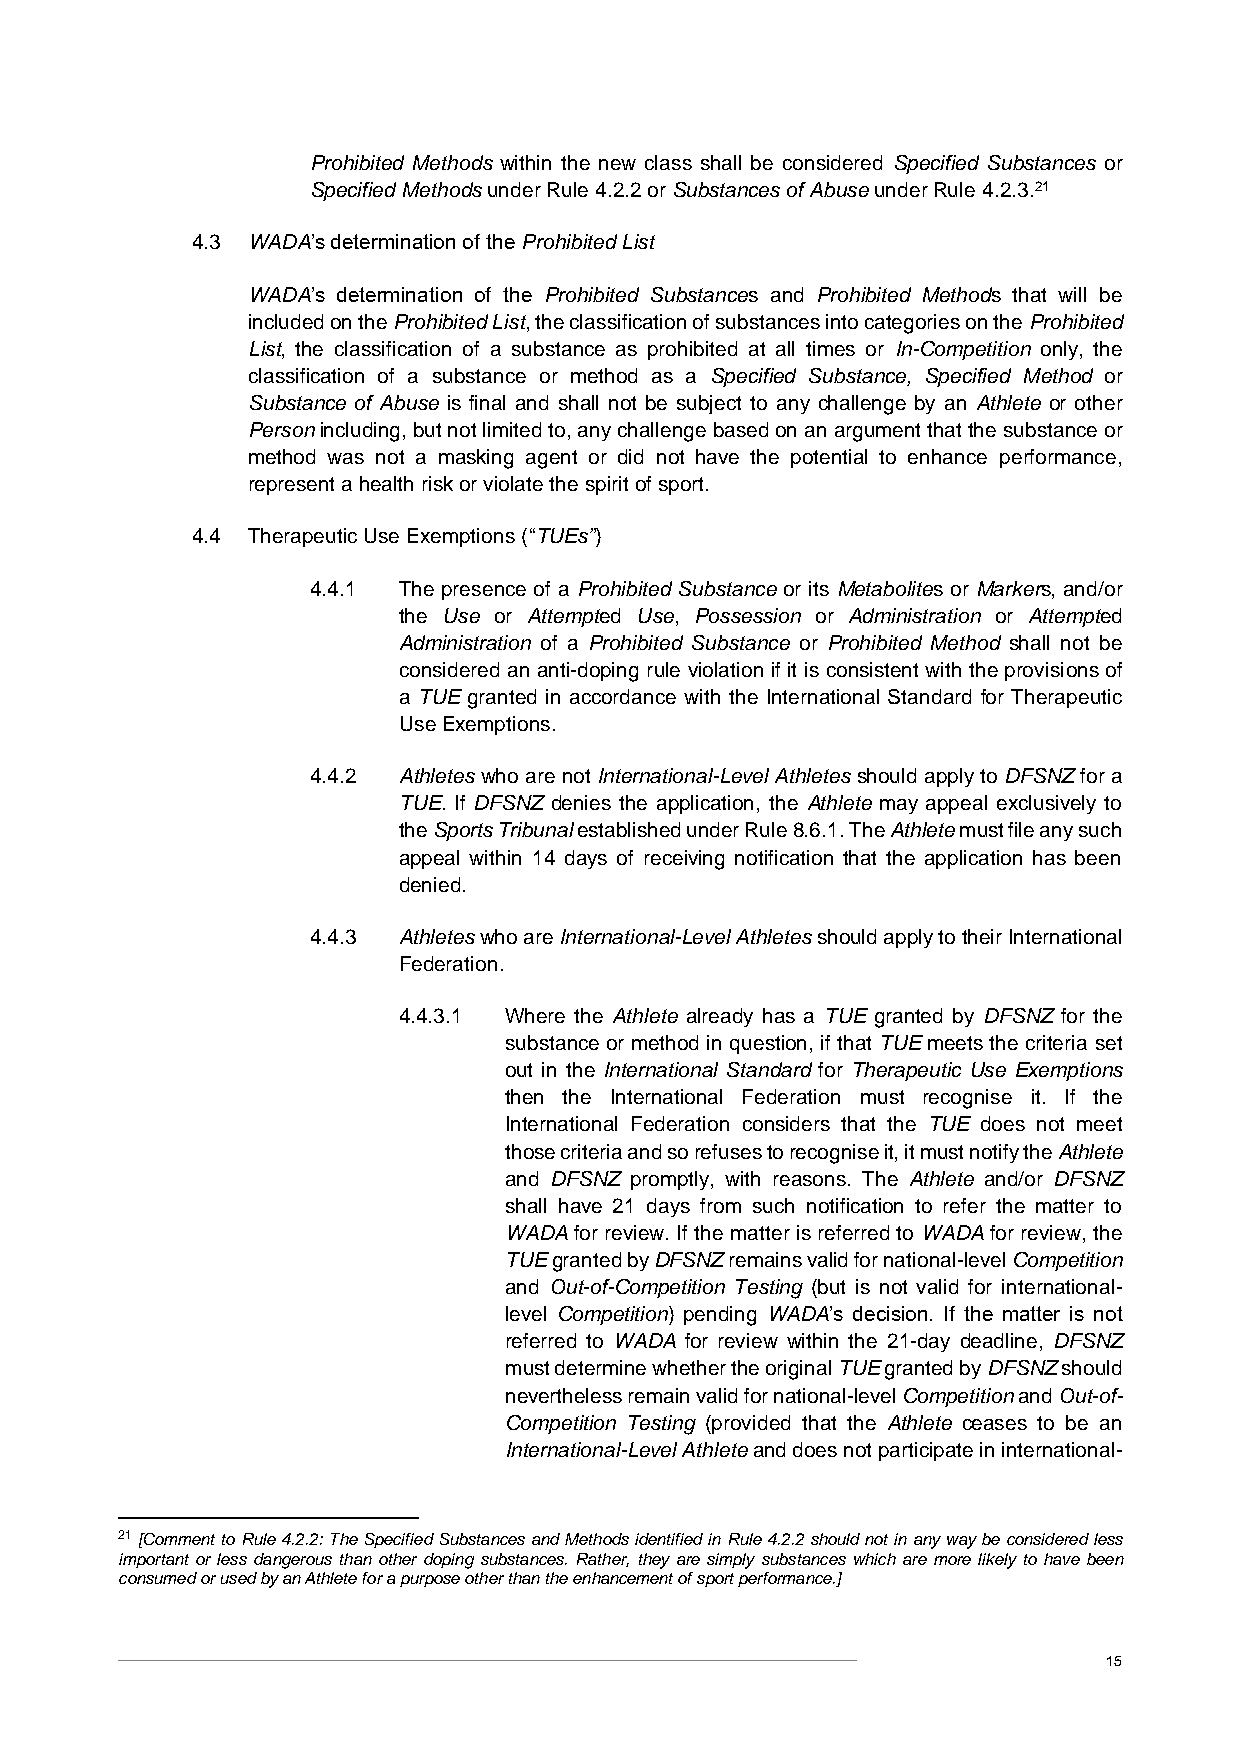
Prohibited Methods within the new class shall be considered Specified Substances or
 Specified Methods under Rule 4.2.2 or Substances of Abuse under Rule 4.2.3.21
 4.3 WADA’s determination of the Prohibited List
 WADA’s determination of the Prohibited Substances and Prohibited Methods that will be
 included on the Prohibited List, the classification of substances into categories on the Prohibited
 List, the classification of a substance as prohibited at all times or In-Competition only, the
 classification of a substance or method as a Specified Substance, Specified Method or
 Substance of Abuse is final and shall not be subject to any challenge by an Athlete or other
 Person including, but not limited to, any challenge based on an argument that the substance or
 method was not a masking agent or did not have the potential to enhance performance,
 represent a health risk or violate the spirit of sport.
 4.4 Therapeutic Use Exemptions (“TUEs”)
 4.4.1 The presence of a Prohibited Substance or its Metabolites or Markers, and/or
 the Use or Attempted Use, Possession or Administration or Attempted
 Administration of a Prohibited Substance or Prohibited Method shall not be
 considered an anti-doping rule violation if it is consistent with the provisions of
 a TUE granted in accordance with the International Standard for Therapeutic
 Use Exemptions.
 4.4.2 Athletes who are not International-Level Athletes should apply to DFSNZ for a
 TUE. If DFSNZ denies the application, the Athlete may appeal exclusively to
 the Sports Tribunal established under Rule 8.6.1. The Athlete must file any such
 appeal within 14 days of receiving notification that the application has been
 denied.
 4.4.3 Athletes who are International-Level Athletes should apply to their International
 Federation.
 4.4.3.1 Where the Athlete already has a TUE granted by DFSNZ for the
 substance or method in question, if that TUE meets the criteria set
 out in the International Standard for Therapeutic Use Exemptions
 then the International Federation must recognise it. If the
 International Federation considers that the TUE does not meet
 those criteria and so refuses to recognise it, it must notify the Athlete
 and DFSNZ promptly, with reasons. The Athlete and/or DFSNZ
 shall have 21 days from such notification to refer the matter to
 WADA for review. If the matter is referred to WADA for review, the
 TUE granted by DFSNZ remains valid for national-level Competition
 and Out-of-Competition Testing (but is not valid for international-
 level Competition) pending WADA’s decision. If the matter is not
 referred to WADA for review within the 21-day deadline, DFSNZ
 must determine whether the original TUE granted by DFSNZ should
 nevertheless remain valid for national-level Competition and Out-of-
 Competition Testing (provided that the Athlete ceases to be an
 International-Level Athlete and does not participate in international-
 21 [Comment to Rule 4.2.2: The Specified Substances and Methods identified in Rule 4.2.2 should not in any way be considered less
 important or less dangerous than other doping substances. Rather, they are simply substances which are more likely to have been
 consumed or used by an Athlete for a purpose other than the enhancement of sport performance.]
 15